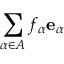
\sum _ { \alpha \in A } f _ { \alpha } \mathbf { e } _ { \alpha }